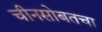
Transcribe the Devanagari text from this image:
चीनसोबतचा